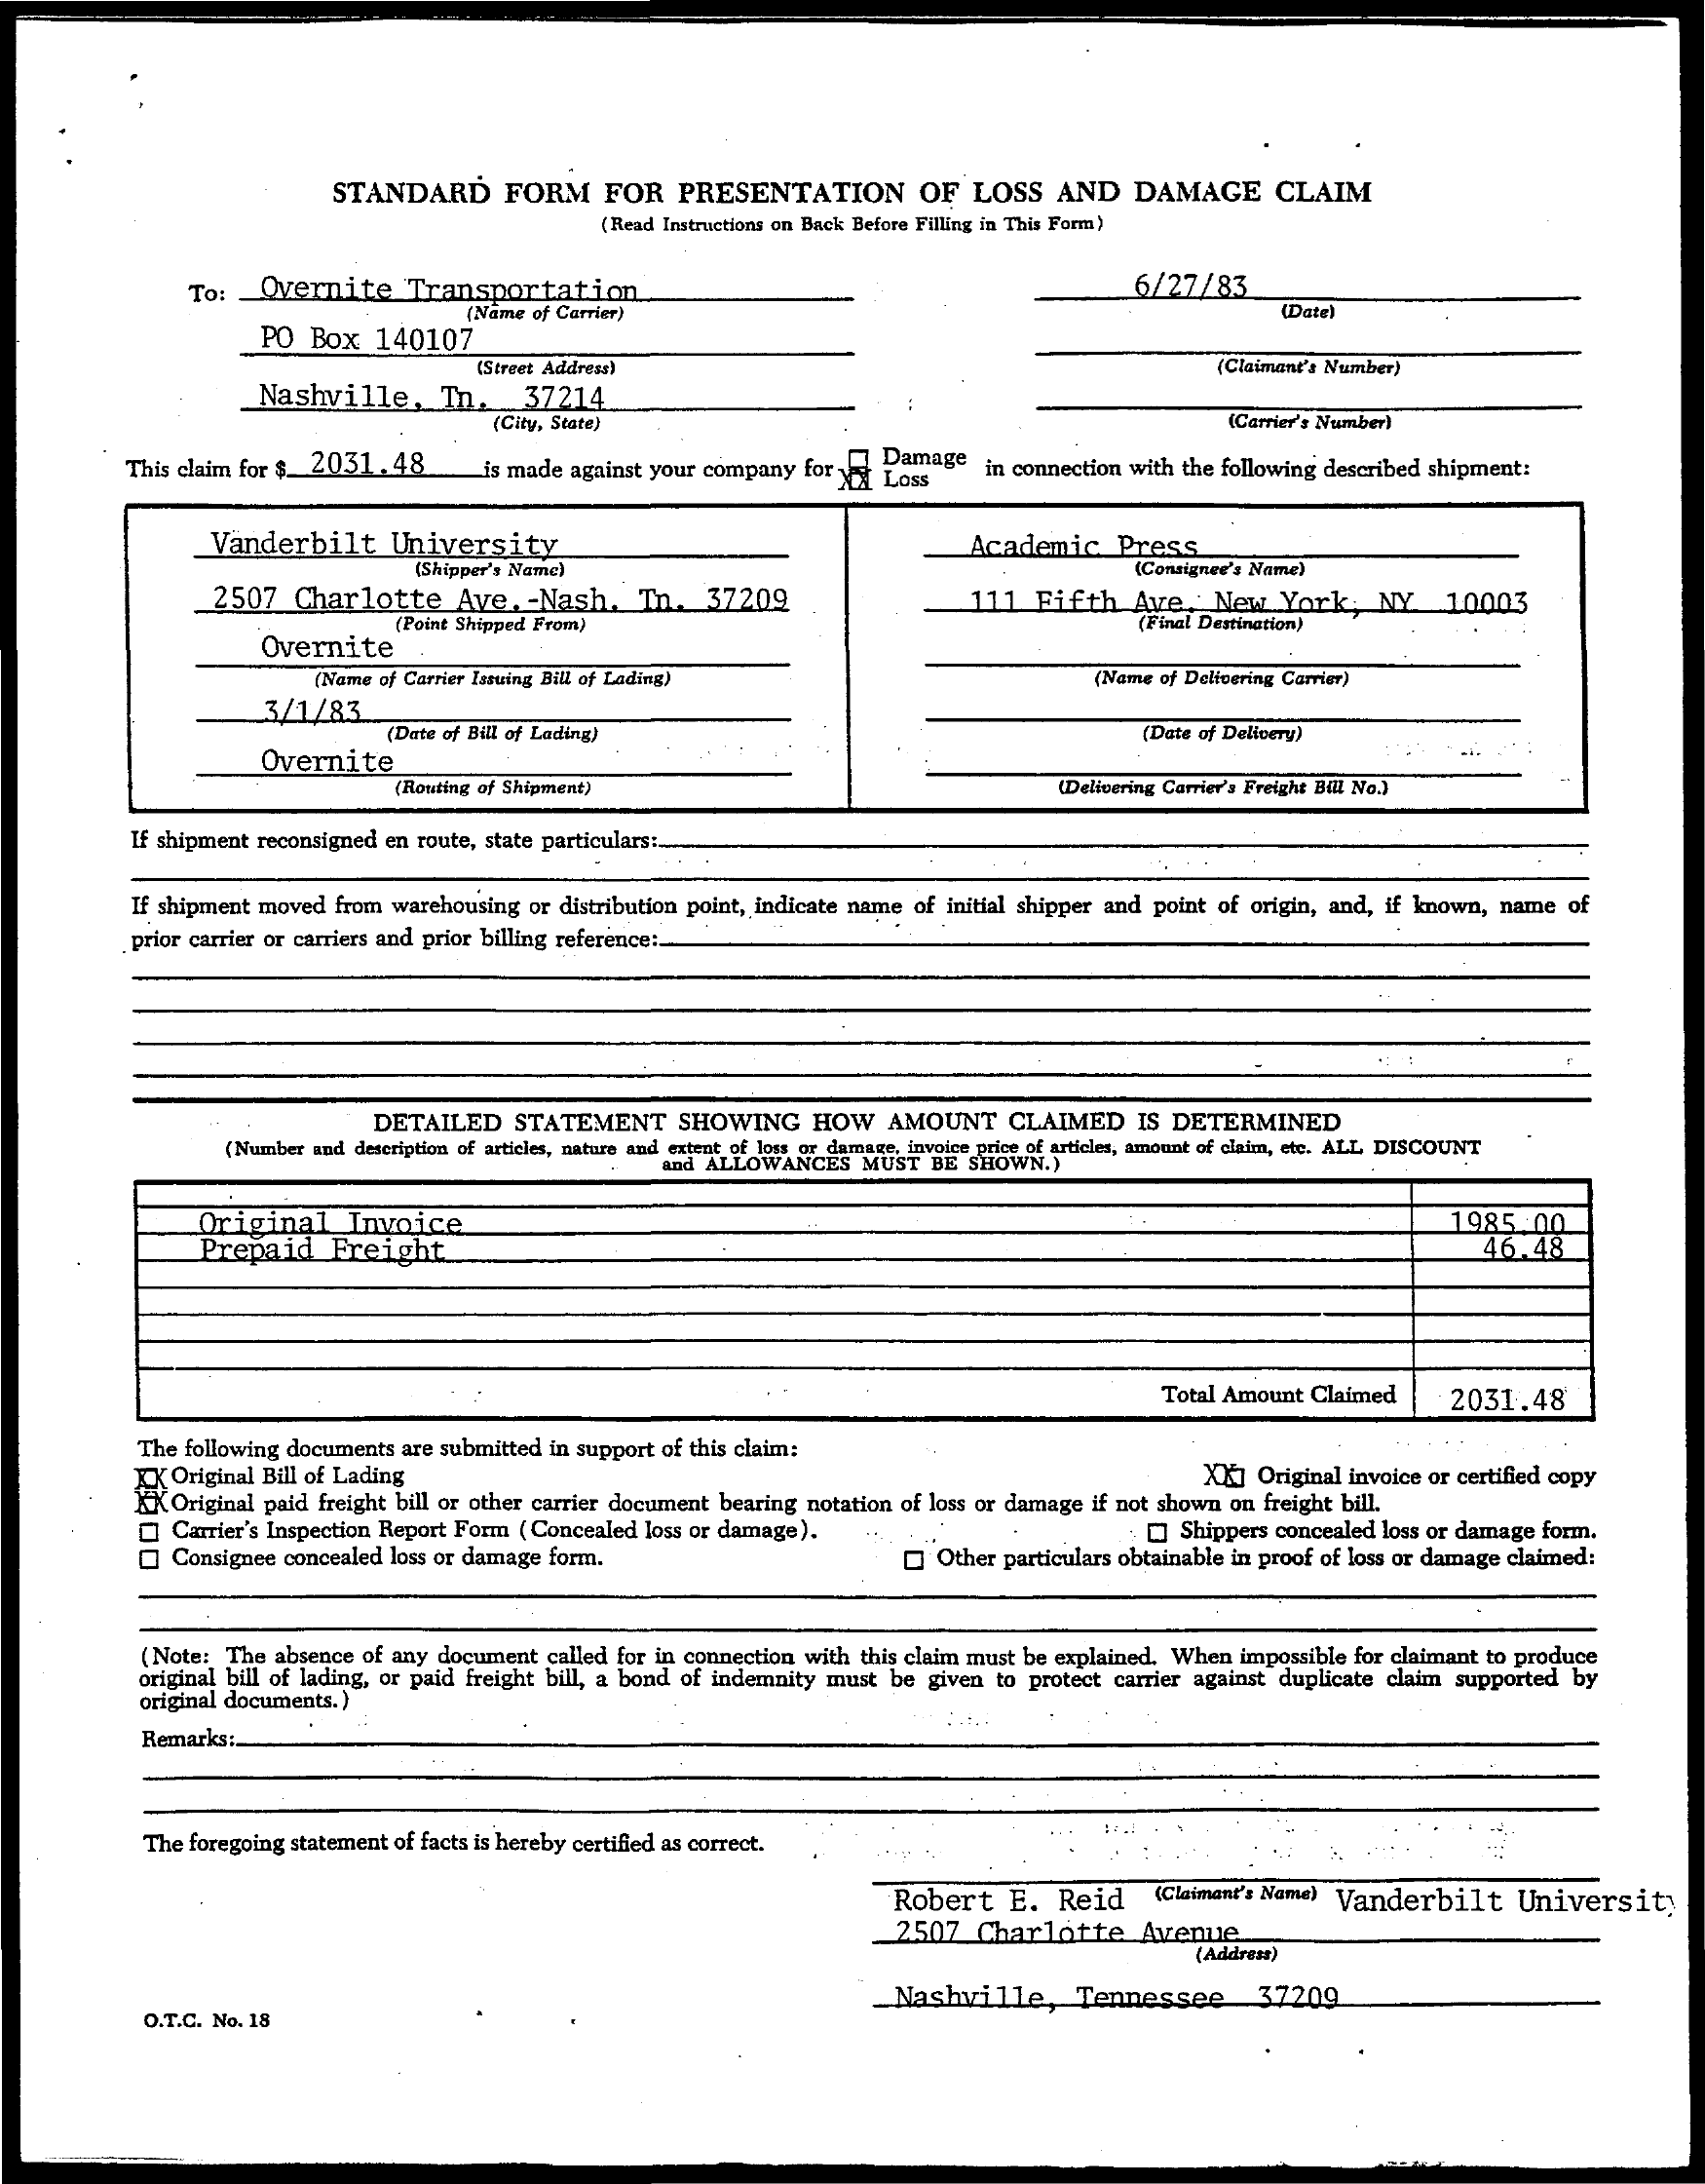
STANDARD    FORM    FOR   PRESENTATION    OF  LOSS  AND   DAMAGE    CLAIM
     (Read Instructions on Back Before Filling in This Form)
     To:  Overnite    Transportation    6/27/83
     PO  Box  140107
     {Name of Carrier)    (Date)
     (Street Address)    (Claimant's Number)
     Nashville,    Tn.    37214
     (City, State)    (Carrier's Number)
     This claim for $ 2031. 48   is made against your company for yy Loss
     Damage  in connection with the following described shipment:
     Vanderbilt   University    Academic   Press
     (Shipper's Name)    (Consignee's Name)
     2507  Charlotte    Ave. - Nash.  Tn.  37209    111  Fifth  Ave. : New  York,  NY    10003
     Overnite
     (Point Shipped From)    (Final Destination)
     (Name of Carrier Issuing Bill of Lading)    (Name of Delivering Carrier)
     3/1/83
     (Date of Delivery)
     Overnite
     (Date of Bill of Lading)
     (Routing of Shipment)    (Delivering Carrier's Freight Bill No.)
     If shipment reconsigned en route, state particulars:
     If shipment moved from warehousing or distribution point, indicate name of initial shipper and point of origin, and, if known, name of
     prior carrier or carriers and prior billing reference :_
     DETAILED   STATEMENT    SHOWING   HOW   AMOUNT    CLAIMED   IS DETERMINED
     (Number and description of articies, nature and extent of loss or damage, invoice price of articles, amount of claim, ete. ALL DISCOUNT
     and ALLOWANCES MUST  BE SHOWN.)
     Original   Invoice
     Prepaid   Freight
     1985:00
     46.48
     Total Amount Claimed  2031.48
     The following documents are submitted in support of this claim:
     EK Original Bill of Lading
     KKOriginal paid freight bill or other carrier document bearing notation of loss or damage if not shown on freight bill.
     XX] Original invoice or certified copy
     Carrier's Inspection Report Form ( Concealed loss or damage).
     Consignee concealed loss or damage form.
     [] Shippers concealed loss or damage form.
     Other particulars obtainable in proof of loss or damage claimed:
     (Note: The absence of any document called for in connection with this claim must be explained. When impossible for claimant to produce
     original bill of lading, or paid freight bill, a bond of indemnity must be given to protect carrier against duplicate claim supported by
     original documents.)
     Remarks :.
     The foregoing statement of facts is hereby certified as correct.
     Robert   E. Reid    (Claimant's Name) Vanderbilt University
     2507  Charlotte    Avenue
     (Addrent)
     -Nashville,    Tennessee    37209
     O.T.C. No. 18